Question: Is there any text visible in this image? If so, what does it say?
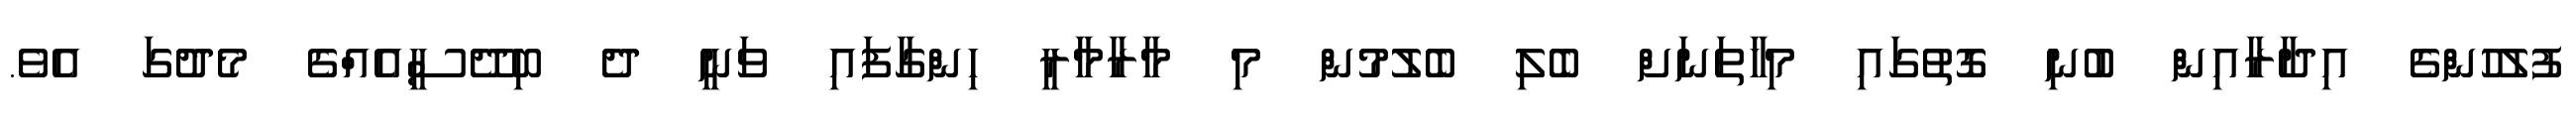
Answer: ފުލުހުންގެ އިދާރާއިން ބުނި ގޮތުގައި މިހާތަނަށް ބެލި ބެލުމުން މި މާރާމާރީ ހިންގާފައި ވަނީ ދެ ބިދޭސީއެއްގެ މެދުގަ އެވެ.